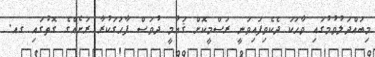
މިބައްދަލުވުމުގައި ވާހަކަ ދެކެވިފައިވަނީ ރަސްމީކޮށް ޤައުމީ ދުވަސް ފާހަގަކުރާ ރަށެއްގެ ގޮތުގައި ގއ.